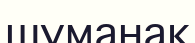
шуманақ